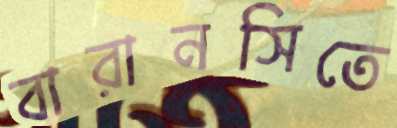
বারানসিতে